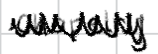
Text: chapelry
Cross-out: zig-zag
Writing tool: digital_black